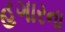
હગારના